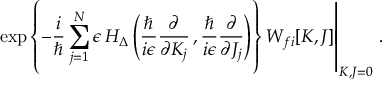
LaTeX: \left. \exp \left\{ - \frac { i } { \hbar } \sum _ { j = 1 } ^ { N } \epsilon \, H _ { \Delta } \left( \frac { \hbar } { i \epsilon } \frac { \partial } { \partial K _ { j } } \, , \frac { \hbar } { i \epsilon } \frac { \partial } { \partial J _ { j } } \right) \right\} W _ { f i } [ K , J ] \right| _ { K , J = 0 } \, .